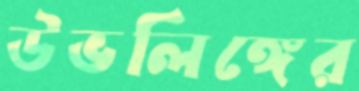
উভলিঙ্গের